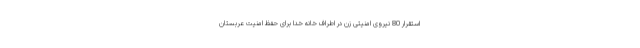
استقرار 80 نیروی امنیتی زن در اطراف خانه خدا برای حفظ امنیت عربستان